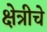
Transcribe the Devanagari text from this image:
क्षेत्रीचे